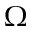
\Omega